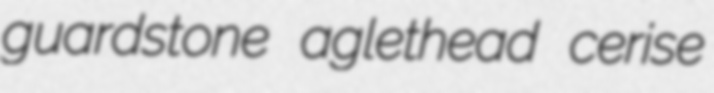
guardstone aglethead cerise